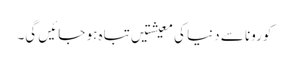
کورونا سے دنیا کی معیشتیں تباہ ہو جائیں گی۔